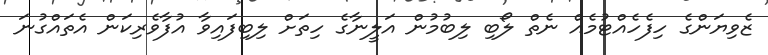
ޒެވިޔަންގެ ހިފެހެއްޓުމެއް ނެތް ލޯބި ލިބުމުން އަލީނާގެ ހިތަށް ލިބިފައިވާ އުފާވެރިކަން އެތައްގުނަ